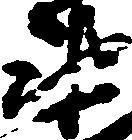
衛